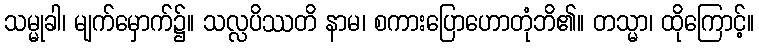
သမ္မုခါ၊ မျက်မှောက်၌။ သလ္လပိဿတိ နာမ၊ စကားပြောဟောတုံဘိ၏။ တသ္မာ၊ ထိုကြောင့်။